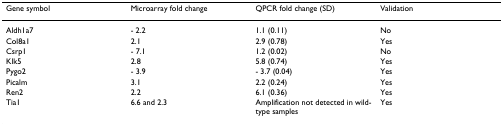
| Gene symbol | Microarray fold change | QPCR fold change (SD) | Validation |
 | --- | --- | --- | --- |
 | Aldh1a7 | - 2.2 | 1.1 (0.11) | No |
 | Col8a1 | 2.1 | 2.9 (0.78) | Yes |
 | Csrp1 | - 7.1 | 1.2 (0.02) | No |
 | Klk5 | 2.8 | 5.8 (0.74) | Yes |
 | Pygo2 | - 3.9 | - 3.7 (0.04) | Yes |
 | Picalm | 3.1 | 2.2 (0.24) | Yes |
 | Ren2 | 2.2 | 6.1 (0.36) | Yes |
 | Tia1 | 6.6 and 2.3 | Amplification not detected in wild-type samples | Yes |